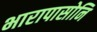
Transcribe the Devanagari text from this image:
भारापासोनि